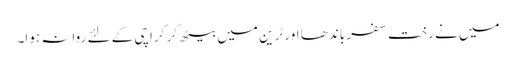
میں نے رخت سفر باندھا اور ٹرین میں بیٹھ کر کراچی کے لئے روانہ ہوا۔